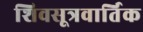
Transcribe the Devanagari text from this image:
शिवसूत्रवार्तिक